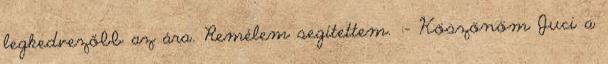
legkedvezőbb az ára. Remélem segítettem. :- Köszönöm Juci a